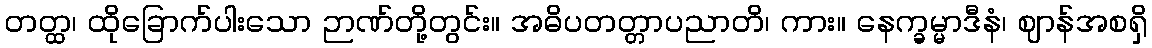
တတ္ထ၊ ထိုခြောက်ပါးသော ဉာဏ်တို့တွင်း။ အဓိပတတ္တာပညာတိ၊ ကား။ နေက္ခမ္မာဒီနံ၊ ဈာန်အစရှိ